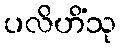
ပလိဟိံသု